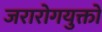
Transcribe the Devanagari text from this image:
जरारोगयुक्तो